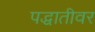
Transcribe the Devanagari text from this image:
पद्धातीवर